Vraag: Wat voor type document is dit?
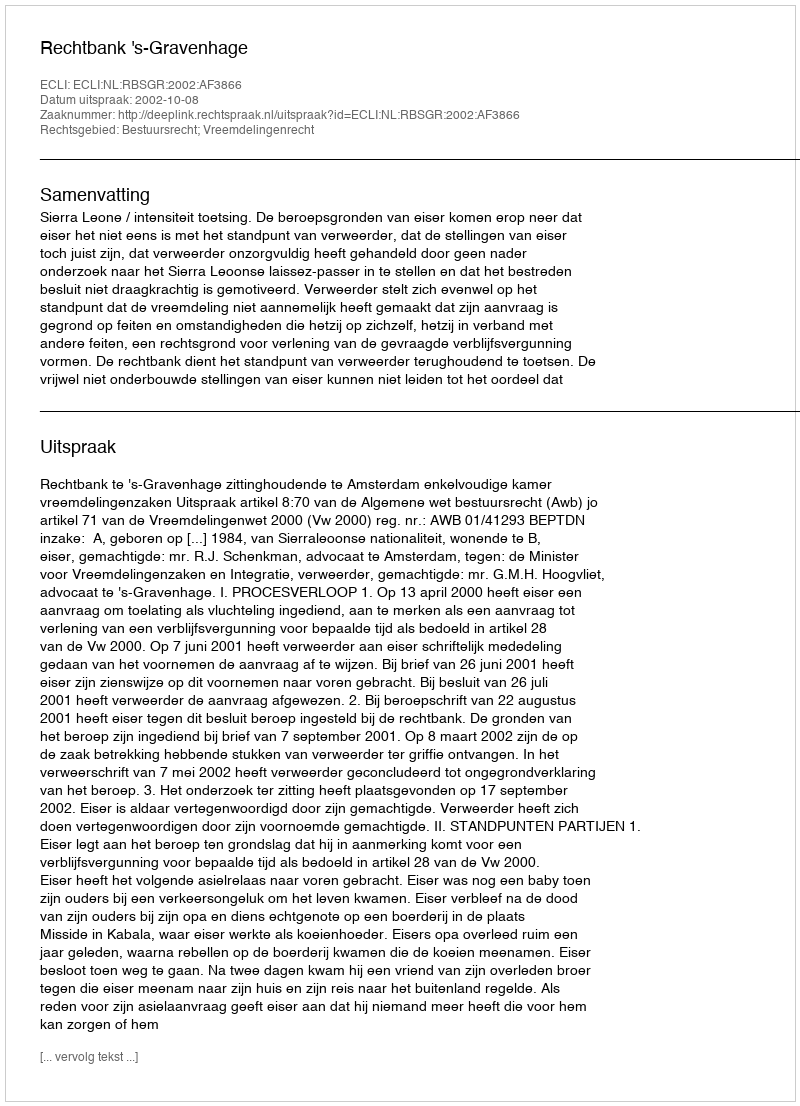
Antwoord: Uitspraak